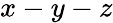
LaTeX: x-y-z